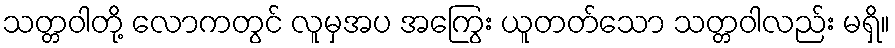
သတ္တဝါတို့ လောကတွင် လူမှအပ အကြွေး ယူတတ်သော သတ္တဝါလည်း မရှိ။